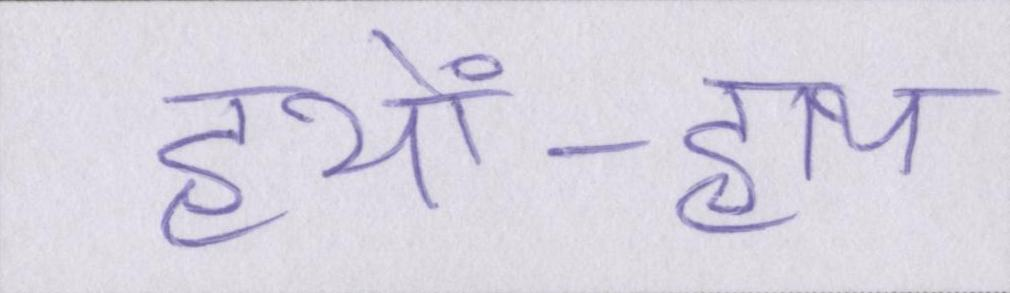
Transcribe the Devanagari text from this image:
हाथों-हाथ